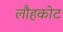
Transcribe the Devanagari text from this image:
लौहकोट